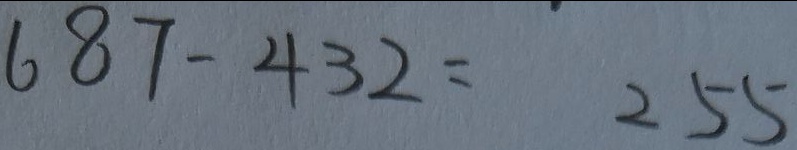
6 8 7 - 4 3 2 = 2 5 5